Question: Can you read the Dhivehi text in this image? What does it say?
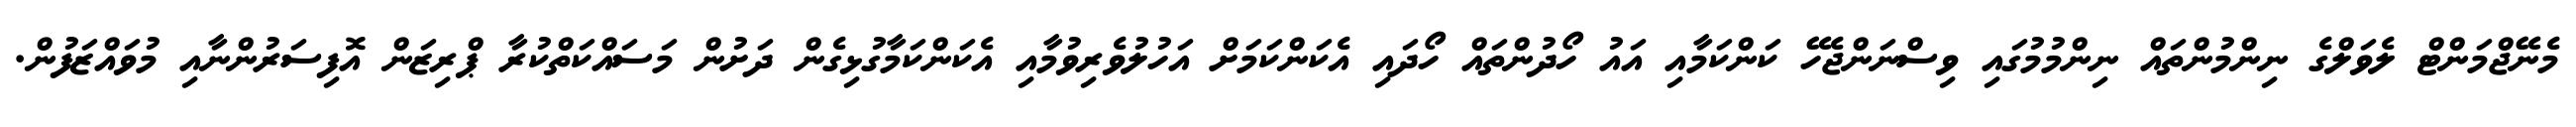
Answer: މެނޭޖްމަންޓް ލެވަލްގެ ނިންމުންތައް ނިންމުމުގައި ވިސްނަންޖެހޭ ކަންކަމާއި އައު ހޯދުންތައް ހޯދައި އެކަންކަމަށް އަހުލުވެރިވުމާއި އެކަންކަމާގުޅިގެން ދަށުން މަސައްކަތްކުރާ ޕްރިޒަން އޮފިސަރުންނާއި މުވައްޒަފުން.